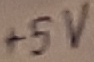
Text: +5V